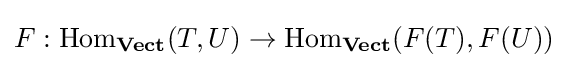
F:\mathrm {Hom} _{\mathbf {Vect} }(T,U)\rightarrow \mathrm {Hom} _{\mathbf {Vect} }(F(T),F(U))